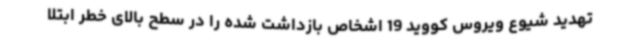
تهدید شیوع ویروس کووید 19 اشخاص بازداشت شده را در سطح بالای خطر ابتلا